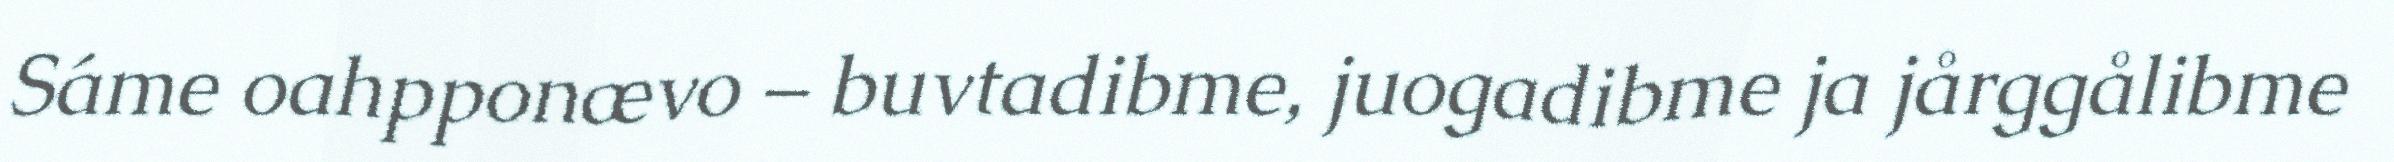
Sáme oahpponævo – buvtadibme, juogadibme ja jårggålibme